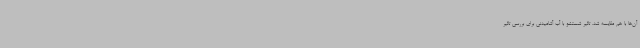
آن‌ها با هم مقایسه شد. تاثیر شستشو با آب آشامیدنی برای بررسی تاثیر